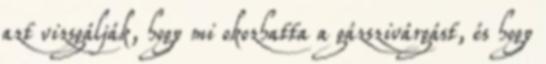
azt vizsgálják, hogy mi okozhatta a gázszivárgást, és hogy